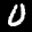
Label: 0